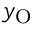
y _ { \mathrm { O } }